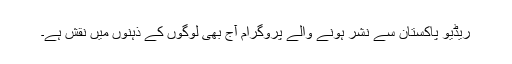
ریڈیو پاکستان سے نشر ہونے والے پروگرام آج بھی لوگوں کے ذہنوں میں نقش ہے۔